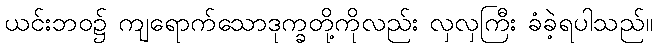
ယင်းဘဝ၌ ကျရောက်သောဒုက္ခတို့ကိုလည်း လှလှကြီး ခံခဲ့ရပါသည်။